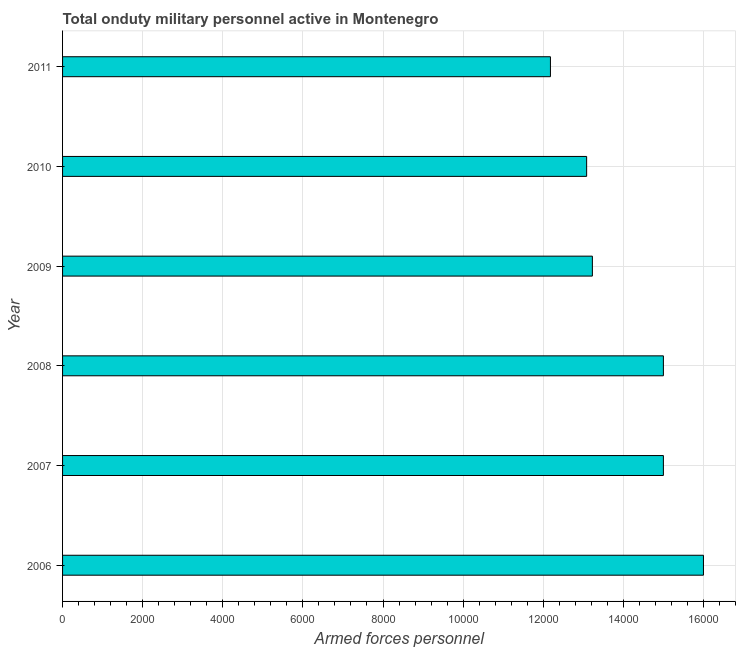
| Year | Armed forces personnel |
 | --- | --- |
 | 2006 | 1.6e+04 |
 | 2007 | 1.5e+04 |
 | 2008 | 1.5e+04 |
 | 2009 | 1.32e+04 |
 | 2010 | 1.31e+04 |
 | 2011 | 1.22e+04 |